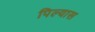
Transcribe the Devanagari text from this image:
पिल्यास